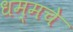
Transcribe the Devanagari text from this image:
धम्मचे